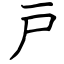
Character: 戸